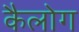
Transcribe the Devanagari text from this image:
कैलोग